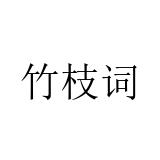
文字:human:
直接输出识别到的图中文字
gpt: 竹枝词